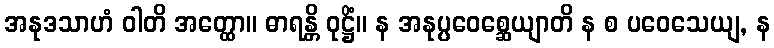
အနုဒသာဟံ ဝါတိ အတ္ထော။ ဓာရန္တိ ဝုဋ္ဌိံ။ န အနုပ္ပဝေစ္ဆေယျာတိ န စ ပဝေသေယျ, န